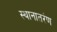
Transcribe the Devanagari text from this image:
स्थानातरंण